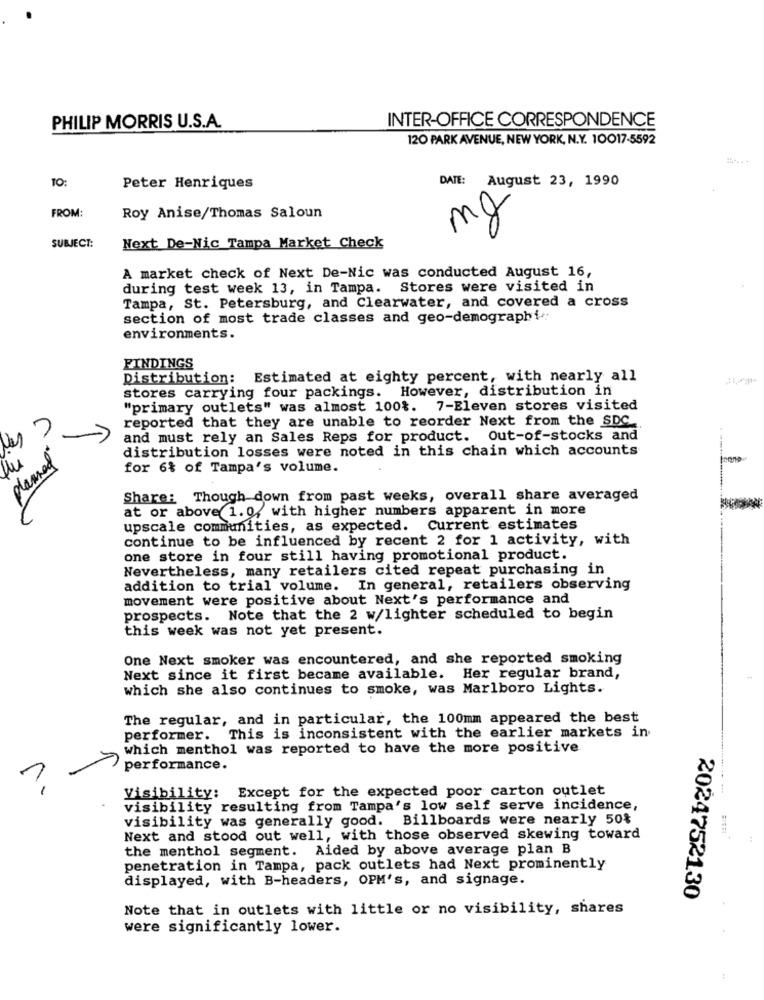
INTER-OFFICE CORRESPONDENCE
PHILIP MORRIS U.S.A.
120 PARK AVENUE, NEW YORK, N.Y. 10017-5592
10:
DATE: August 23, 1990
Peter Henriques
FROM:
Roy Anise/Thomas Saloun
mg
SUBJECT:
Next De-Nic Tampa Market Check
A market check of Next De-Nic was conducted August 16,
during test week 13, in Tampa. Stores were visited in
Tampa, St. Petersburg, and Clearwater, and covered a cross
section of most trade classes and geo-demographi:
environments.
FINDINGS
Distribution: Estimated at eighty percent, with nearly all
stores carrying four packings. However, distribution in
"primary outlets" was almost 100%. 7-Eleven stores visited
reported that they are unable to reorder Next from the SDC
and must rely an Sales Reps for product. Out-of-stocks and
distribution losses were noted in this chain which accounts
planned
for 6% of Tampa's volume.
Share: Though down from past weeks, overall share averaged
at or above 1. 0, with higher numbers apparent in more
upscale communities, as expected. Current estimates
continue to be influenced by recent 2 for 1 activity, with
one store in four still having promotional product.
Nevertheless, many retailers cited repeat purchasing in
addition to trial volume. In general, retailers observing
movement were positive about Next's performance and
prospects. Note that the 2 w/lighter scheduled to begin
this week was not yet present.
One Next smoker was encountered, and she reported smoking
Next since it first became available. Her regular brand,
which she also continues to smoke, was Marlboro Lights.
The regular, and in particular, the 100mm appeared the best
performer. This is inconsistent with the earlier markets in
which menthol was reported to have the more positive
performance.
?
-
Visibility: Except for the expected poor carton outlet
--
visibility resulting from Tampa's low self serve incidence,
visibility was generally good. Billboards were nearly 50%
Next and stood out well, with those observed skewing toward
the menthol segment. Aided by above average plan B
penetration in Tampa, pack outlets had Next prominently
displayed, with B-headers, OPM's, and signage.
2024752130
Note that in outlets with little or no visibility, shares
were significantly lower.
: